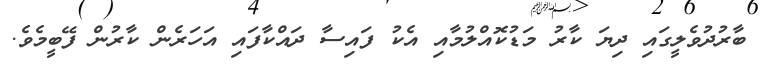
ބާރުދުވެލީގައި ދިޔަ ކާރު މަޑުކޮއްލުމާއި އެކު ފައިސާ ދައްކާފައި އަހަރެން ކާރުން ފޭބީމެވެ.